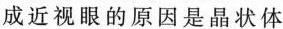
成近视眼的原因是晶状体